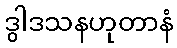
ဒွါဒသနဟုတာနံ